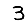
Digit: 3